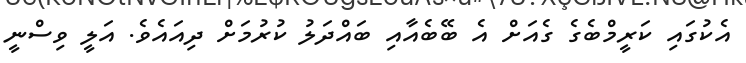
އެކުގައި ކަރީމްބެގެ ގެއަށް އެ ބޭބެއާއި ބައްދަލު ކުރުމަށް ދިއައެވެ. އަލީ ވިސްނީ